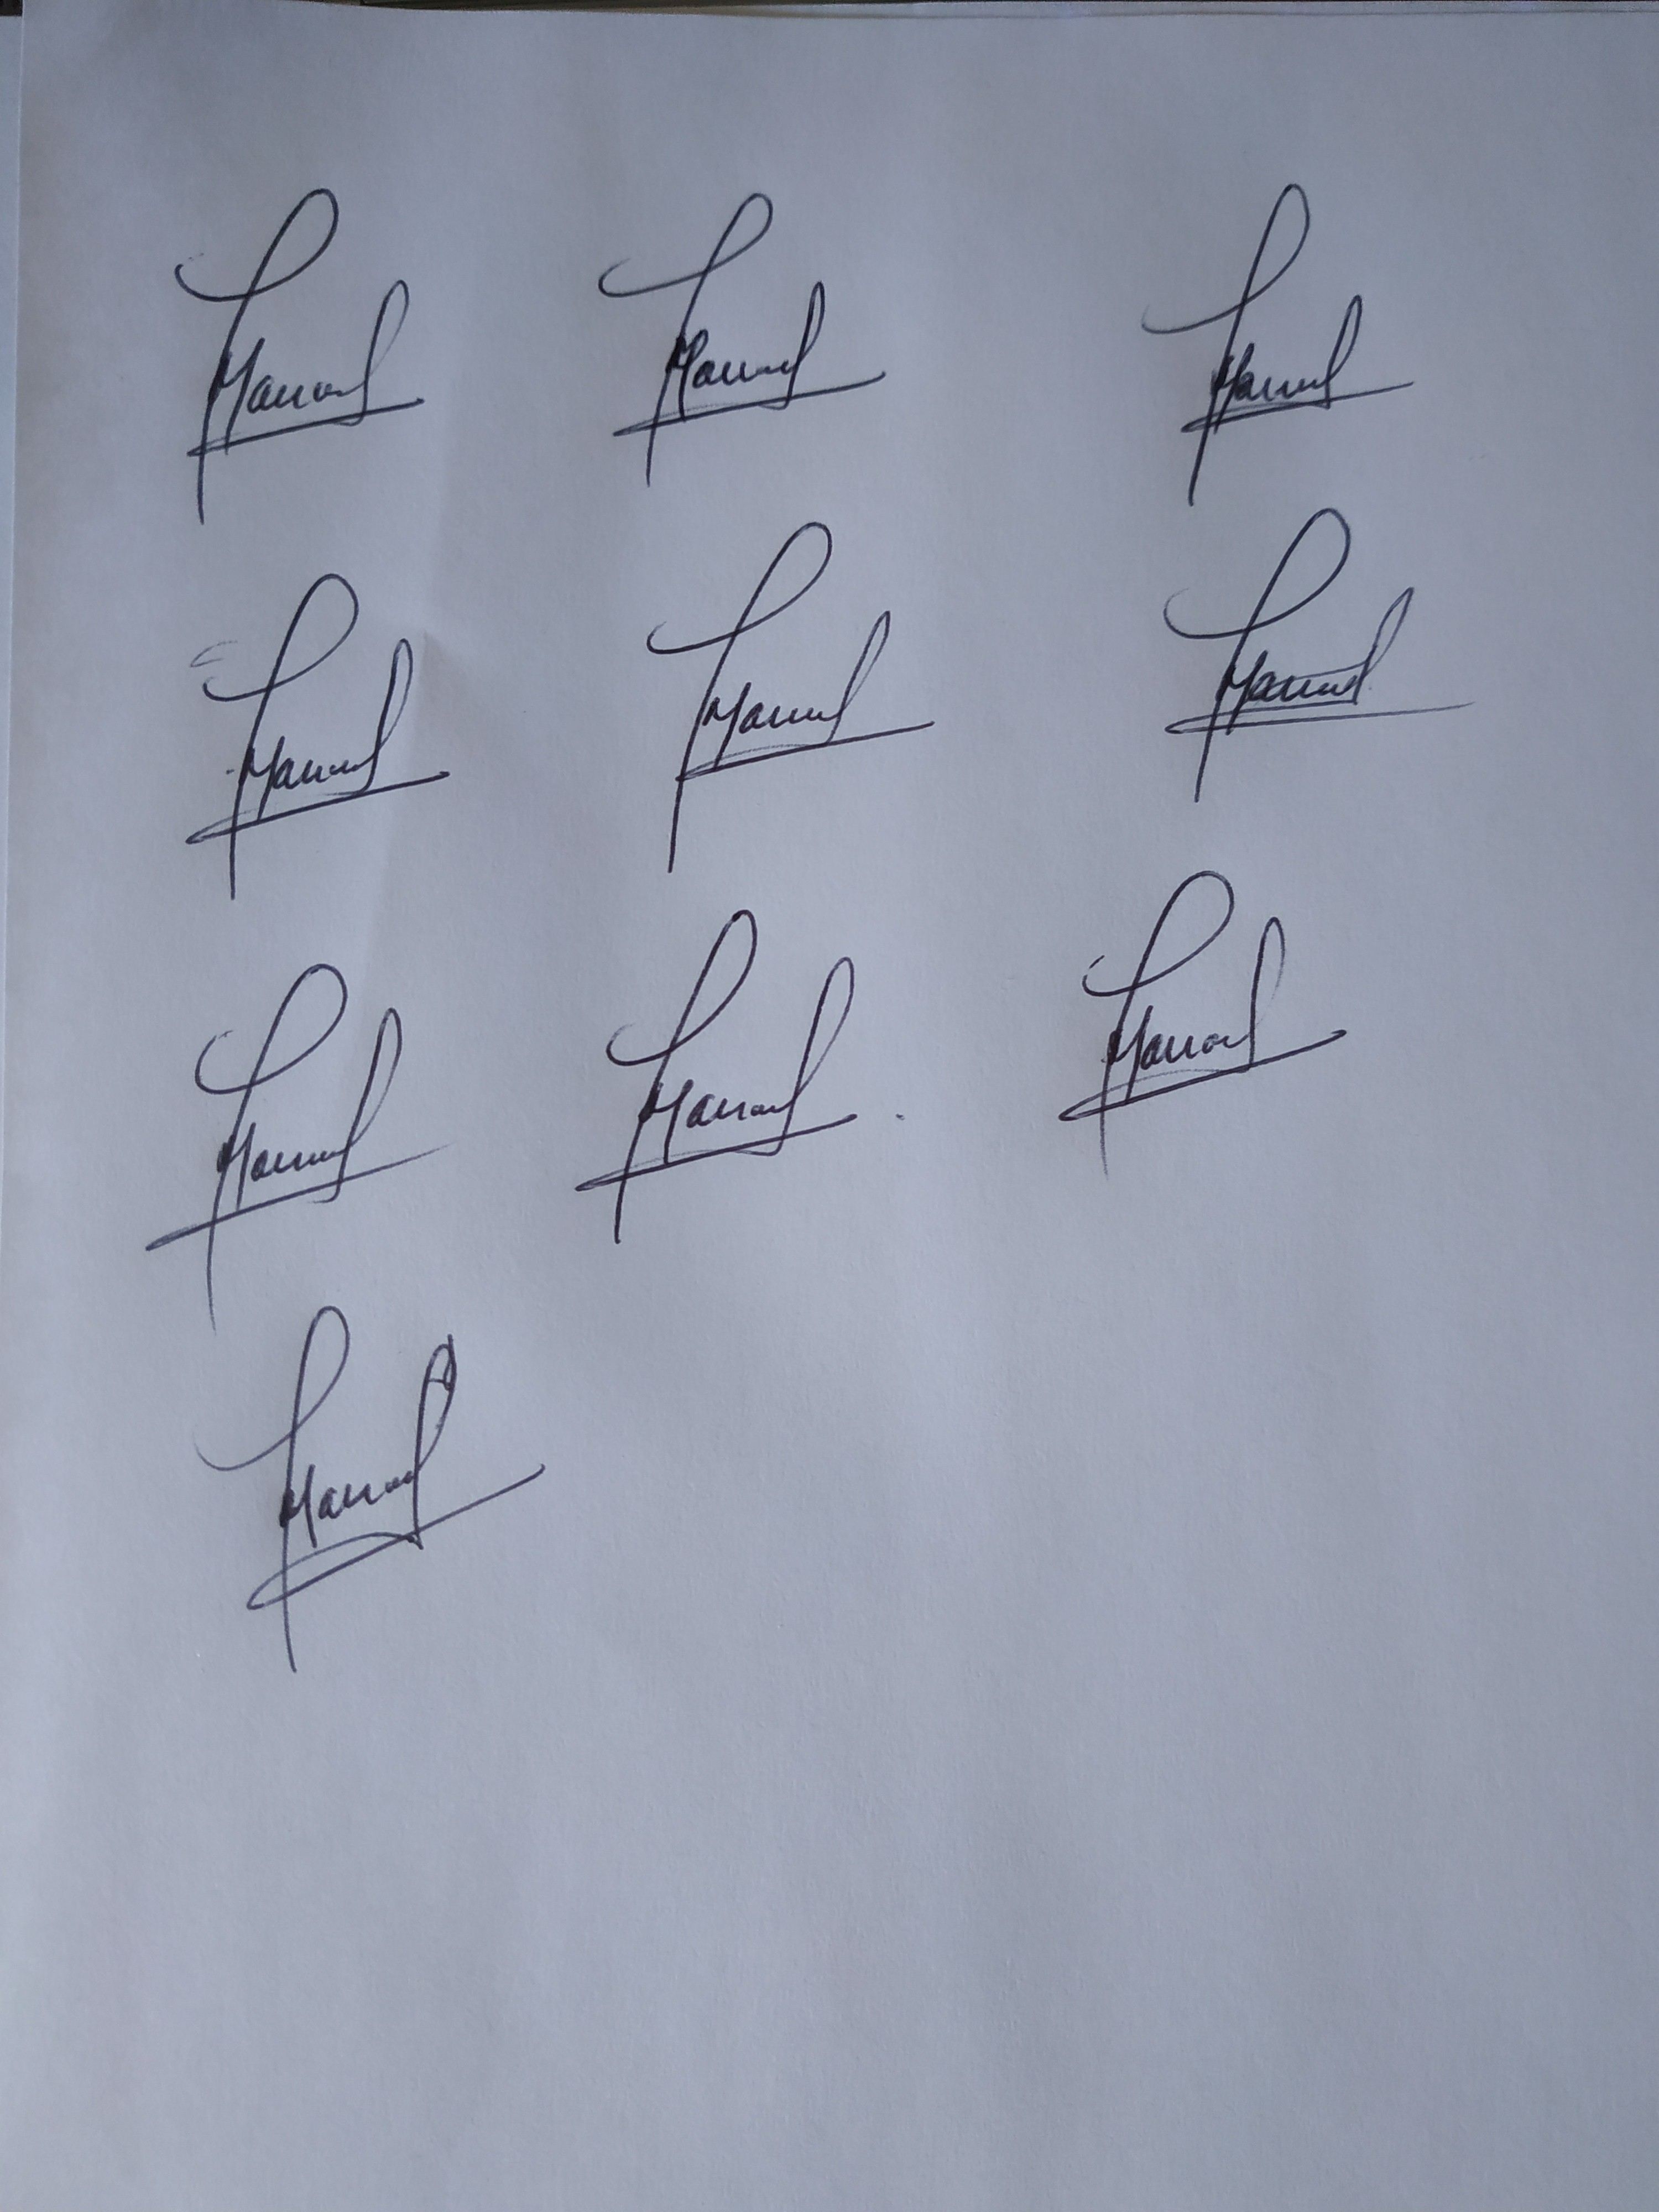
Signature authenticity: genuine